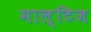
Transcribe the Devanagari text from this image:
माल्टिज